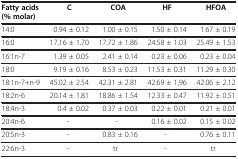
| Fatty acids (% molar) | C | COA | HF | HFOA |
 | --- | --- | --- | --- | --- |
 | 14:0 | 0.94 ± 0.12 | 1.00 ± 0.15 | 1.50 ± 0.14 | 1.67 ± 0.19 |
 | 16:0 | 17.16 ± 1.70 | 17.72 ± 1.86 | 24.58 ± 1.03 | 25.49 ± 1.53 |
 | 16:1n-7 | 1.39 ± 0.05 | 2.41 ± 0.14 | 0.23 ± 0.06 | 0.23 ± 0.04 |
 | 18:0 | 9.19 ± 0.16 | 8.53 ± 0.23 | 11.53 ± 0.31 | 11.29 ± 0.30 |
 | 18:1n-7+n-9 | 45.02 ± 2.54 | 42.31 ± 2.81 | 42.69 ± 1,96 | 42.06 ± 2.12 |
 | 18:2n-6 | 20.14 ± 1.81 | 18.86 ± 1.54 | 12.33 ± 0.47 | 11.92 ± 0.51 |
 | 18:4n-3 | 0.4 ± 0.02 | 0.37 ± 0.03 | 0.22 ± 0.01 | 0.21 ± 0.01 |
 | 20:4n-6 | - | - | 0.16 ± 0.02 | 0.15 ± 0.02 |
 | 20:5n-3 | - | 0.83 ± 0.16 | - | 0.76 ± 0.11 |
 | 22:6n-3 | - | tr | - | tr |